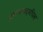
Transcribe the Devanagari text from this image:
उस्मानाबादमधिल